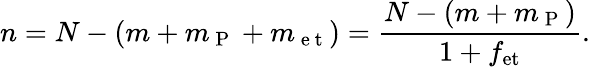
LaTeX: n=N-(m+m_{\mathrm{~P~}}+m_{\mathrm{~e~t~}})=\frac{N-(m+m_{\mathrm{~P~}})}{1+f_{\mathrm{et}}}.